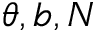
\theta , b , N